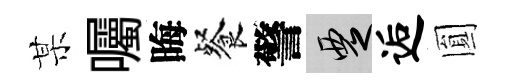
某囑晦餐警覂逅圎